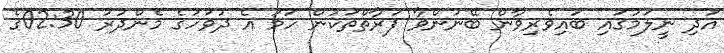
އަދި ނީލަމުގައި ބައިވެރިވާން ބޭނުންވާ ފަރާތްތަކުން ހަމަ އެ ދުވަހުގެ މެންދުރު 02:30ގެ